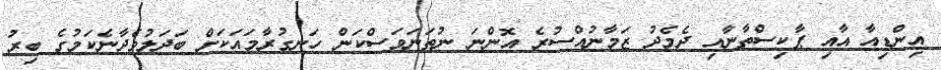
އިންޑިއާ އާއި ޕާކިސްތާނާއި ދެމެދު ޒަމާނުއްސުރެ އޮންނަ ނުތަނަވަސްކަން ހަނގުރާމައަކަށް ބަދަލުވެދާނެކަމުގެ ބިރު